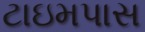
ટાઇમપાસ